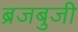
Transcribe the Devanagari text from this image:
ब्रजबुजी